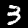
Label: 3